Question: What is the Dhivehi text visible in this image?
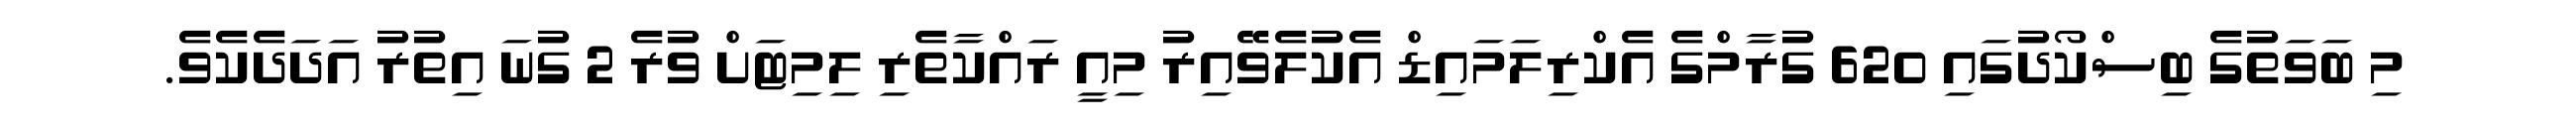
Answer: މި ބަވަތުގެ ބިސްކޯދުގައި 620 ގުރާމްގެ އެކްރިލަމައިޑް އެކުލެވޭއިރު މިއީ ރައްކާތެރި ލިމިޓަށް ވުރެ 2 ގުނަ އިތުރު އަދަދެކެވެ.